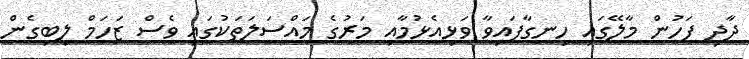
ދާދި ފަހުން މާލޭގައި ހިނގާފައިވާ ވަޅިއެޅުމާއި މަރުގެ މައްސަލަތަކުގައި ވެސް ޒަހަމް ލިބިގެން